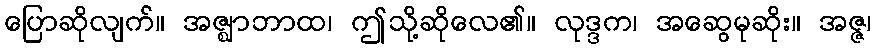
ပြောဆိုလျက်။ အဇ္ဈာဘာထ၊ ဤသို့ဆိုလေ၏။ လုဒ္ဒက၊ အဆွေမုဆိုး။ အဇ္ဇ၊